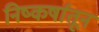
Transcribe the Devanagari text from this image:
निष्कर्षातून